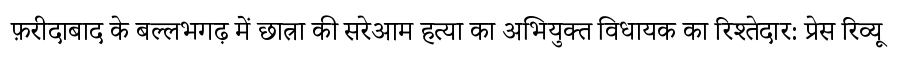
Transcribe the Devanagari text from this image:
फ़रीदाबाद के बल्लभगढ़ में छात्रा की सरेआम हत्या का अभियुक्त विधायक का रिश्तेदार: प्रेस रिव्यू